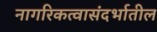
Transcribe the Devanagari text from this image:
नागरिकत्वासंदर्भातील